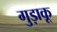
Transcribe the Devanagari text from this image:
गुड़ाकू